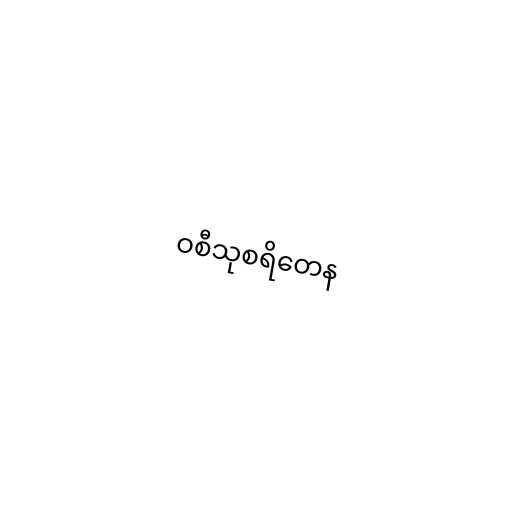
ဝစီသုစရိတေန